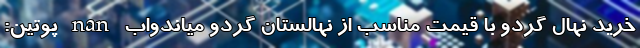
خرید نهال گردو با قیمت مناسب از نهالستان گردو میاندواب nan پوتین: